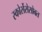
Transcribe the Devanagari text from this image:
स्कोर्सेसेसोबत